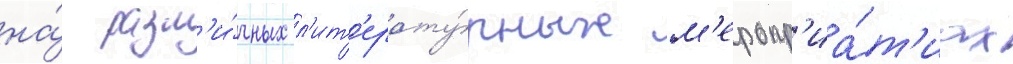
на́ разл'и́чных л'ит'ерату́рных м'еропр'иа́т'иах